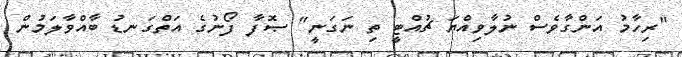
"ރިހާމު އަންގާވެސް ނުލާވިއްޔަ ޗުއްޓީ ތި ނަގަނީ" ޞޮފާ ފޯނުގެ އަތްގަނޑު ބާއްވާލަމުން